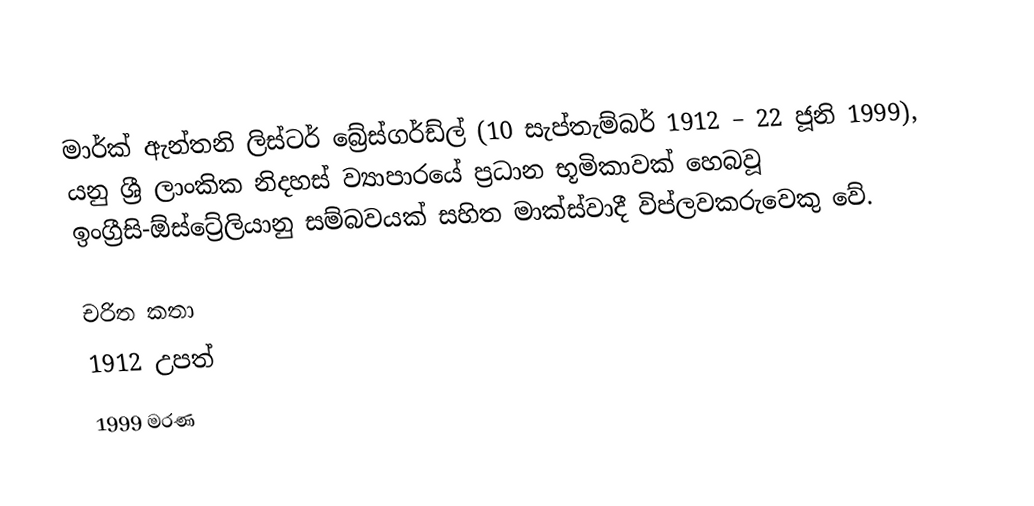
මාර්ක් ඇන්තනි ලිස්ටර් බ්‍රේස්ගර්ඩ්ල් (10 සැප්තැම්බර් 1912 – 22 ජූනි 1999), යනු ශ්‍රී ලාංකික නිදහස් ව්‍යාපාරයේ ප්‍රධාන භූමිකාවක් හෙබවූ ඉංග්‍රීසි-ඕස්ට්‍රේලියානු සම්බවයක් සහිත මාක්ස්වාදී විප්ලවකරුවෙකු වේ.

චරිත කතා
1912 උපත්
1999 මරණ